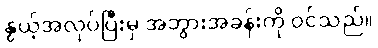
နွယ့်အလုပ်ပြီးမှ အဘွားအခန်းကို ဝင်သည်။